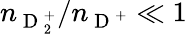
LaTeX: n_{\mathrm{~D~}_{2}^{+}}/n_{\mathrm{~D~}^{+}}\ll 1